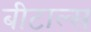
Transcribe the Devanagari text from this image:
बीटाल्स